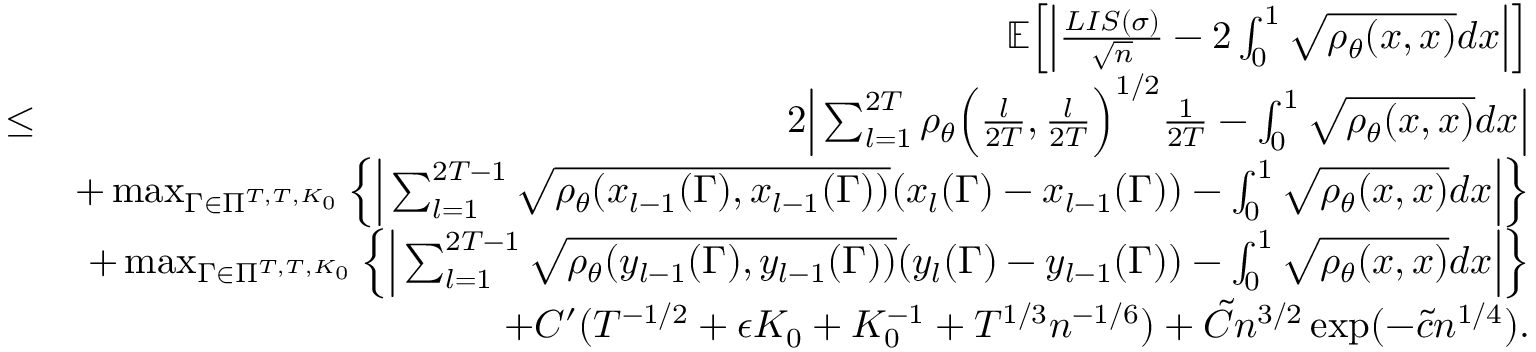
\begin{array} { r l r } & { } & { \mathbb { E } \Big [ \Big | \frac { L I S ( \sigma ) } { \sqrt { n } } - 2 \int _ { 0 } ^ { 1 } \sqrt { \rho _ { \theta } ( x , x ) } d x \Big | \Big ] } \\ & { \leq } & { 2 \Big | \sum _ { l = 1 } ^ { 2 T } \rho _ { \theta } \Big ( \frac { l } { 2 T } , \frac { l } { 2 T } \Big ) ^ { 1 \slash 2 } \frac { 1 } { 2 T } - \int _ { 0 } ^ { 1 } \sqrt { \rho _ { \theta } ( x , x ) } d x \Big | } \\ & { } & { + \operatorname* { m a x } _ { \Gamma \in \Pi ^ { T , T , K _ { 0 } } } \Big \{ \Big | \sum _ { l = 1 } ^ { 2 T - 1 } \sqrt { \rho _ { \theta } ( x _ { l - 1 } ( \Gamma ) , x _ { l - 1 } ( \Gamma ) ) } ( x _ { l } ( \Gamma ) - x _ { l - 1 } ( \Gamma ) ) - \int _ { 0 } ^ { 1 } \sqrt { \rho _ { \theta } ( x , x ) } d x \Big | \Big \} } \\ & { } & { + \operatorname* { m a x } _ { \Gamma \in \Pi ^ { T , T , K _ { 0 } } } \Big \{ \Big | \sum _ { l = 1 } ^ { 2 T - 1 } \sqrt { \rho _ { \theta } ( y _ { l - 1 } ( \Gamma ) , y _ { l - 1 } ( \Gamma ) ) } ( y _ { l } ( \Gamma ) - y _ { l - 1 } ( \Gamma ) ) - \int _ { 0 } ^ { 1 } \sqrt { \rho _ { \theta } ( x , x ) } d x \Big | \Big \} } \\ & { } & { + C ^ { \prime } ( T ^ { - 1 \slash 2 } + \epsilon K _ { 0 } + K _ { 0 } ^ { - 1 } + T ^ { 1 \slash 3 } n ^ { - 1 \slash 6 } ) + \tilde { C } n ^ { 3 \slash 2 } \exp ( - \tilde { c } n ^ { 1 \slash 4 } ) . } \end{array}